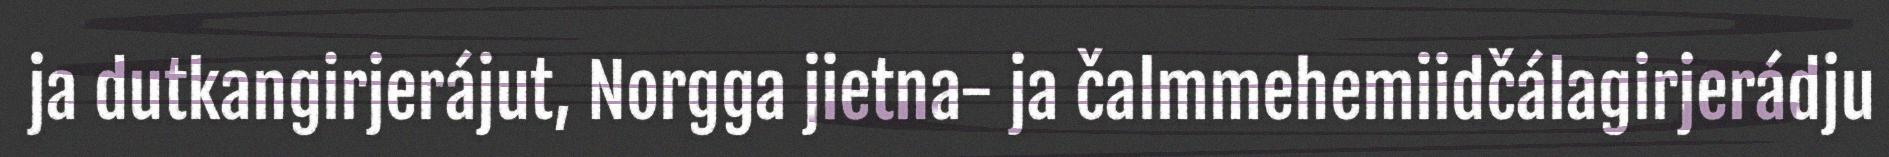
ja dutkangirjerájut, Norgga jietna- ja čalmmehemiidčálagirjerádju